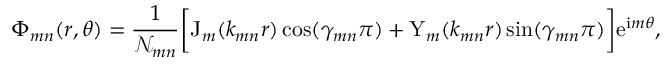
\Phi _ { m n } ( r , \theta ) = \frac { 1 } { \mathscr { N } _ { m n } } \bigg [ \mathrm { J } _ { m } ( k _ { m n } r ) \cos ( \gamma _ { m n } \pi ) + \mathrm { Y } _ { m } ( k _ { m n } r ) \sin ( \gamma _ { m n } \pi ) \bigg ] \mathrm { e } ^ { \mathrm { i } m \theta } ,